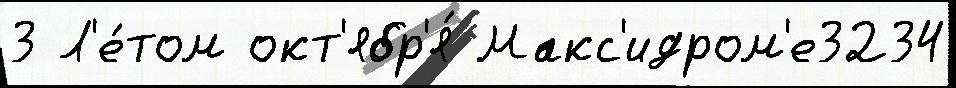
3 Л'е́том окт'ябр'я́ Макс'идром'е3234